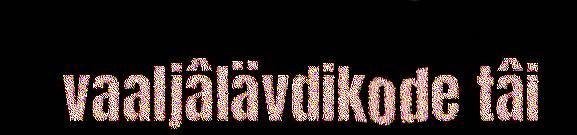
vaaljâlävdikode tâi